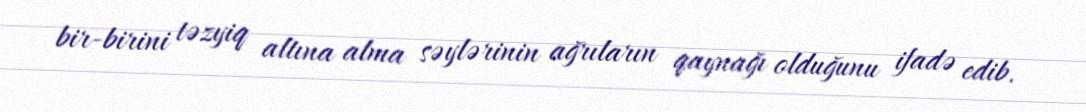
bir-birini təzyiq altına alma səylərinin ağrıların qaynağı olduğunu ifadə edib.